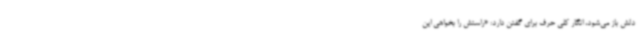
دلش باز می‌شود، انگار کلی حرف برای گفتن دارد: «راستش را بخواهی این